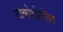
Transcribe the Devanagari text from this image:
टोकोफ़ेरॉल